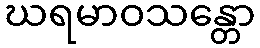
ဃရမာဝသန္တော